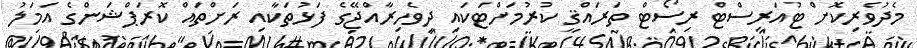
މެދުވެރިކޮށް ޓުއަރިސްޓް ރިސޯޓް ތަރައްޤީ ކުރުމަށްޓަކައި ދިވެހިރާއްޖޭގެ ފަޅުތަކާއި ރަށްތައް ކޮރަޕްޝަންގެ އަމަލު